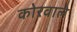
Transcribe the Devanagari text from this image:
कोरवाले